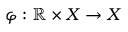
\varphi : \mathbb { R } \times X \to X